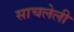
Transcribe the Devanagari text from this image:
साचलेली